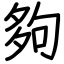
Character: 夠